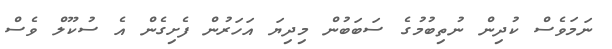
ނަމަވެސް ކުދިން ނުތިބުމުގެ ސަބަބުން މިދިޔަ އަހަރުން ފެށިގެން އެ ސުކޫލް ވެސް